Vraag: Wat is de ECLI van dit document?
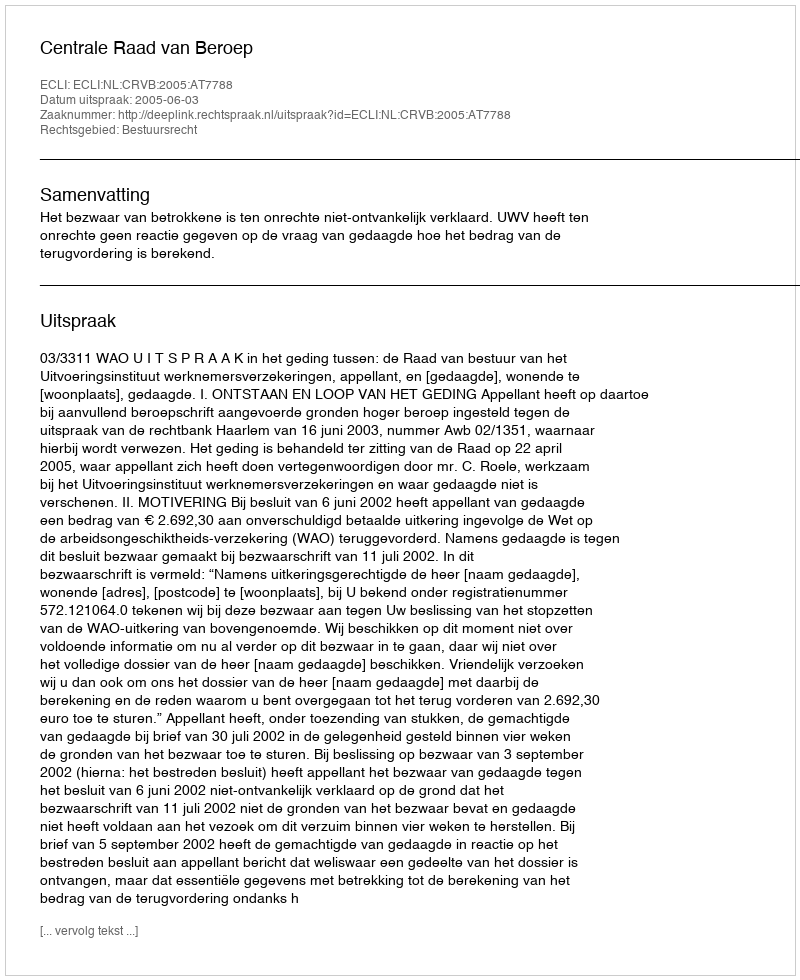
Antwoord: ECLI:NL:CRVB:2005:AT7788